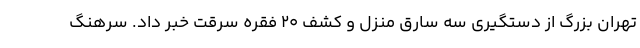
تهران بزرگ از دستگیری سه سارق منزل و کشف ۲۰ فقره سرقت خبر داد. سرهنگ